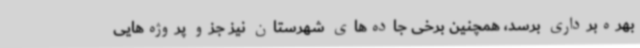
بهره‌برداری برسد، همچنین برخی جاده‌های شهرستان نیز جزو پروژه‌هایی